Civil Veterinary Department Bihar & Orissa reports 1922-29 - 1922-1929
Year: 1922
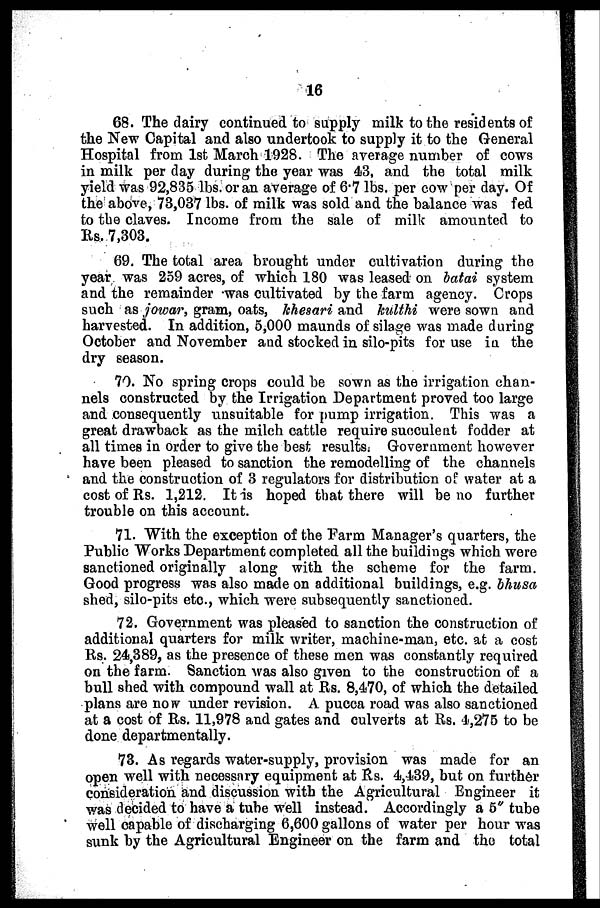
16
68. The dairy continued to supply milk to the residents of
the New Capital and also undertook to supply it to the General
Hospital from 1st March 1928. The average number of cows
in milk per day during the year was 43, and the total milk
yield was 92,835 lbs, or an average of 6.7 lbs. per cow per day. Of
the above, 73,037 lbs. of milk was sold and the balance was fed
to the claves. Income from the sale of milk amounted to
Rs. 7,303.
69. The total area brought under cultivation during the
year was 259 acres, of which 180 was leased on batai system
and the remainder was cultivated by the farm agency. Crops
such as jowar, gram, oats, khesari and kulthi were sown and
harvested. In addition, 5,000 maunds of silage was made during
October and November and stocked in silo-pits for use in the
dry season.
70. No spring crops could be sown as the irrigation chan-
nels constructed by the Irrigation Department proved too large
and consequently unsuitable for pump irrigation. This was a
great drawback as the milch cattle require succulent fodder at
all times in order to give the best results; Government however
have been pleased to sanction the remodelling of the channels
and the construction of 3 regulators for distribution of water at a
cost of Rs. 1,212. It is hoped that there will be no further
trouble on this account.
71. With the exception of the Farm Manager's quarters, the
Public Works Department completed all the buildings which were
sanctioned originally along with the scheme for the farm.
Good progress was also made on additional buildings, e.g. bhusa
shed, silo-pits etc., which were subsequently sanctioned.
72. Government was pleased to sanction the construction of
additional quarters for milk writer, machine-man, etc. at a cost
Rs. 24,389, as the presence of these men was constantly required
on the farm. Sanction was also given to the construction of a
bull shed with compound wall at Rs. 8,470, of which the detailed
plans are now under revision. A pucca road was also sanctioned
at a cost of Rs. 11,978 and gates and culverts at Rs. 4,275 to be
done departmentally.
73. As regards water-supply, provision was made for an
open well with necessary equipment at Rs. 4,439, but on further
consideration and discussion with the Agricultural Engineer it
was decided to have a tube well instead. Accordingly a 5" tube
well capable of discharging 6,600 gallons of water per hour was
sunk by the Agricultural Engineer on the farm and the total